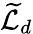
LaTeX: {\widetilde{\cal L}}_{d}